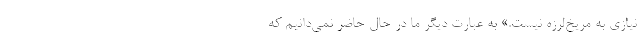
نیازی به مریخ‌لرزه نیست.» به عبارت دیگر ما در حال حاضر نمی‌دانیم که